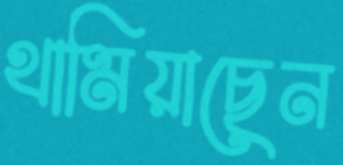
থামিয়াছেন